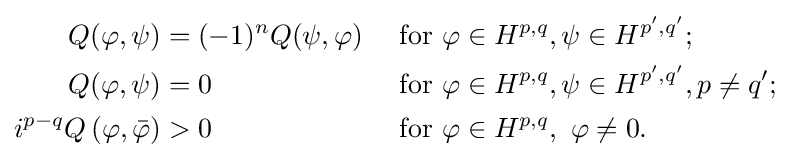
{\begin{aligned}Q(\varphi ,\psi )&=(-1)^{n}Q(\psi ,\varphi )&&{\text{ for }}\varphi \in H^{p,q},\psi \in H^{p',q'};\\Q(\varphi ,\psi )&=0&&{\text{ for }}\varphi \in H^{p,q},\psi \in H^{p',q'},p\neq q';\\i^{p-q}Q\left(\varphi ,{\bar {\varphi }}\right)&>0&&{\text{ for }}\varphi \in H^{p,q},\ \varphi \neq 0.\end{aligned}}